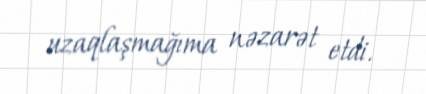
uzaqlaşmağıma nəzarət etdi.